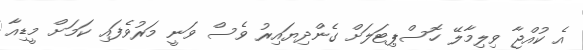
އެ ކުއްޖާ ވިލިމާލޭ ހޮސްޕިޓަލަށް ގެންދިޔައިރު ވެސް ވަނީ މަރުވެފައި ކަމަށް މީޑިއާ